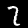
Label: 2